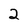
Character: 2